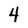
Character: 4